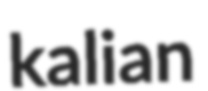
kalian